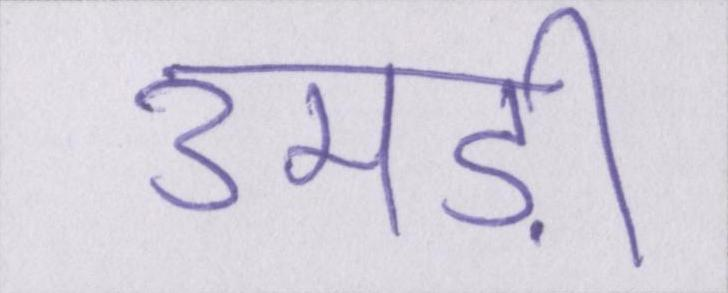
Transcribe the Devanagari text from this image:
उमड़ी